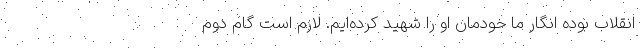
انقلاب بوده انگار ما خودمان او را شهید کرده‌ایم. لازم است گام دوم